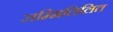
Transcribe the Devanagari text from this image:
सम्मिलिलित